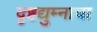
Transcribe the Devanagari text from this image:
दृष्टद्युम्नाचा